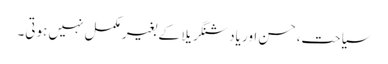
سیاحت،حسن اور یاد شنگریلا کے بغیر مکمل نہیں ہوتی۔